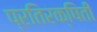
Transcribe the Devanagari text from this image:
प्रतिरक्षिती